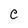
Character: C